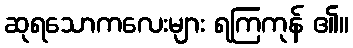
ဆုရသောကလေးများ ရကြကုန် ၏။